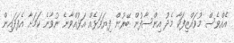
އެއްވެސް މުވައްޒިފަކާ މެދު އިންސާފުން ބޭރުން ފިޔަވަޅެއް އަޅުއްވާނެ ނުވާނެ ކަމަށާ އެފަދައިން